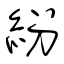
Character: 紛